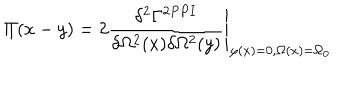
\Pi ( x - y ) = 2 \left. \frac { \delta ^ { 2 } \Gamma ^ { 2 P P I } } { \delta \Omega ^ { 2 } ( x ) \delta \Omega ^ { 2 } ( y ) } \right| _ { \varphi ( x ) = 0 , \Omega ( x ) = \Omega _ { 0 } }